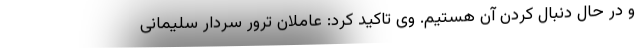
و در حال دنبال کردن آن هستیم. وی تاکید کرد: عاملان ترور سردار سلیمانی